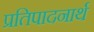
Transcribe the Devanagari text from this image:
प्रतिपादनार्थ